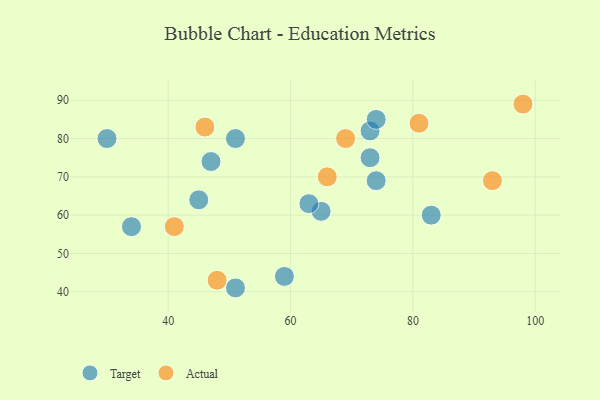
{"axis": {"x": "GDP", "y": "Life Expectancy"}, "legend": ["Actual", "Target"], "data": [{"x": "65", "y": 61, "type": "Target"}, {"x": "63", "y": 63, "type": "Target"}, {"x": "45", "y": 64, "type": "Target"}, {"x": "30", "y": 80, "type": "Target"}, {"x": "73", "y": 75, "type": "Target"}, {"x": "51", "y": 80, "type": "Target"}, {"x": "73", "y": 82, "type": "Target"}, {"x": "47", "y": 74, "type": "Target"}, {"x": "74", "y": 69, "type": "Target"}, {"x": "59", "y": 44, "type": "Target"}, {"x": "51", "y": 41, "type": "Target"}, {"x": "34", "y": 57, "type": "Target"}, {"x": "74", "y": 85, "type": "Target"}, {"x": "83", "y": 60, "type": "Target"}, {"x": "81", "y": 84, "type": "Actual"}, {"x": "46", "y": 83, "type": "Actual"}, {"x": "41", "y": 57, "type": "Actual"}, {"x": "66", "y": 70, "type": "Actual"}, {"x": "93", "y": 69, "type": "Actual"}, {"x": "69", "y": 80, "type": "Actual"}, {"x": "48", "y": 43, "type": "Actual"}, {"x": "98", "y": 89, "type": "Actual"}]}